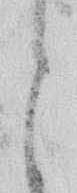
と